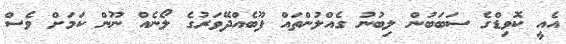
އެއީ ކޮވިޑްގެ ސަބަބުން ލިބުނު ގެއްލުންތައް ފޫބެއްދޭވަރުގެ ލޯނެއް ނޫން ކަމަށް ވެސް